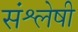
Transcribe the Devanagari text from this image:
संश्लेषी